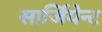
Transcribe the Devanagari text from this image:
सार्जियेन्ट